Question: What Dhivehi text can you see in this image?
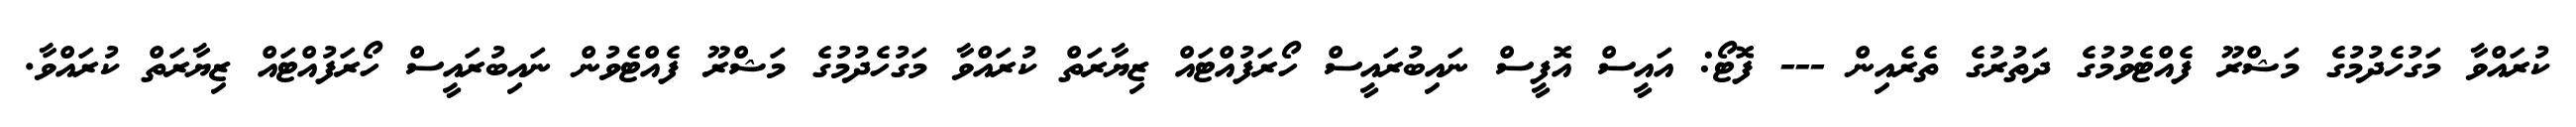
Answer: ކުރައްވާ މަގުހެދުމުގެ މަޝްރޫ ފެއްޓެވުމުގެ ދަތުރުގެ ތެރެއިން --- ފޮޓޯ: އައީސް އޮފީސް ނައިބުރައީސް ހޯރަފުއްޓައް ޒިޔާރަތް ކުރައްވާ މަގުހެދުމުގެ މަޝްރޫ ފެއްޓެވުން ނައިބުރައީސް ހޯރަފުއްޓައް ޒިޔާރަތް ކުރައްވާ.